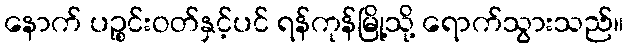
နောက် ပဉ္စင်းဝတ်နှင့်ပင် ရန်ကုန်မြို့သို့ ရောက်သွားသည်။